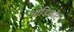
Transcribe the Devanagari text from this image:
ओडिंकोर्ट